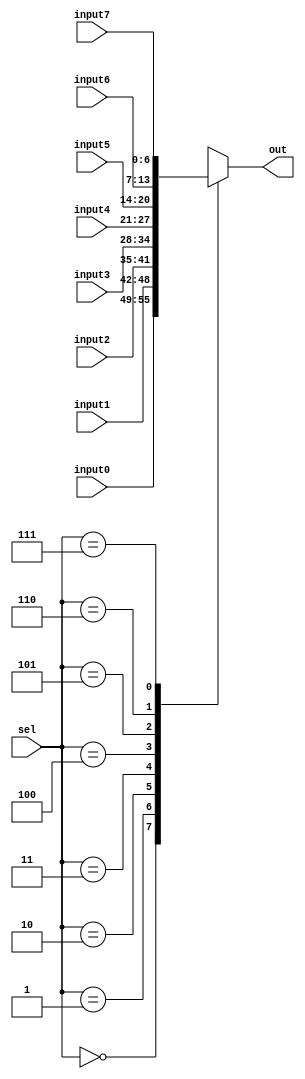
module mux_7bit_3sel (
                        sel,
                        input0,
                        input1,
                        input2,
                        input3,
                        input4,
                        input5,
                        input6,
                        input7,
                        out
);
input [2:0] sel
;
input [6:0] input0,
            input1,
            input2,
            input3,
            input4,
            input5,
            input6,
            input7
;
output reg [6:0] out 
;
  always @(*) 
    begin
        case (sel)
            3'b000 : out = input0;
            3'b001 : out = input1;
            3'b010 : out = input2;
            3'b011 : out = input3;
            3'b100 : out = input4;
            3'b101 : out = input5;
            3'b110 : out = input6;
            3'b111 : out = input7;
            default: out = 8'h00; //   
        endcase
    end
endmodule